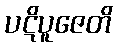
ပဋိပူဇေတိ